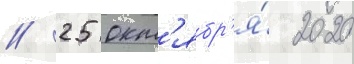
// 25 окт'ябр'я́ 2020